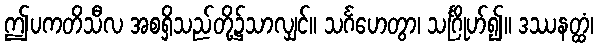
ဤပကတိသီလ အစရှိသည်တို့၌သာလျှင်။ သင်္ဂဟေတွာ၊ သင်္ဂြိုဟ်၍။ ဒဿနတ္ထံ၊